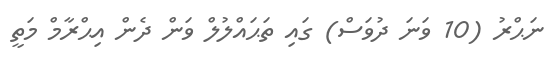
ނަޙްރު (10 ވަނަ ދުވަސް) ގައި ތަޙައްލުލް ވަން ދެން އިޙްރާމް މަތީ